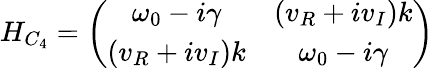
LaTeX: H_{C_{4}}=\left(\begin{array}{cc}{\omega_{0}-\textit{i}\gamma}&{(v_{R}+\textit{i}v_{I})k}\\ {(v_{R}+\textit{i}v_{I})k}&{\omega_{0}-\textit{i}\gamma}\end{array}\right)